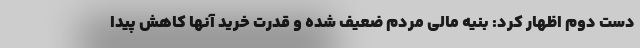
دست دوم اظهار کرد: بنیه مالی مردم ضعیف شده و قدرت خرید آنها کاهش پیدا